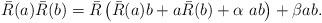
LaTeX: \begin{align*}\bar{R}(a)\bar{R}(b) = \bar{R}\left(\bar{R}(a) b + a \bar{R}(b) +\alpha\ ab\right) +\beta ab. \end{align*}